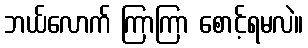
ဘယ်လောက် ကြာကြာ စောင့်ရမလဲ။